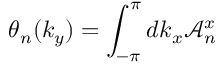
\theta _ { n } ( k _ { y } ) = \int _ { - \pi } ^ { \pi } d k _ { x } \mathcal { A } _ { n } ^ { x }